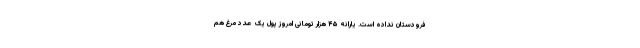
فرودستان نداده است. یارانه ۴۵ هزار تومانی امروز پول یک عدد مرغ هم